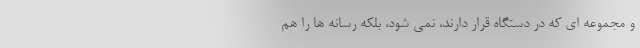
و مجموعه ای که در دستگاه قرار دارند، نمی شود، بلکه رسانه ها را هم